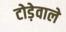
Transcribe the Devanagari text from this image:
टोड़ेवाले